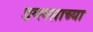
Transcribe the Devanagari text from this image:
डग्लसाच्या